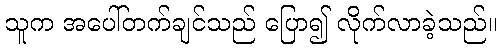
သူက အပေါ်တက်ချင်သည် ပြော၍ လိုက်လာခဲ့သည်။